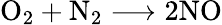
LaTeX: \mathrm{O}_{2}+\mathrm{N}_{2}\longrightarrow 2\mathrm{NO}